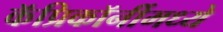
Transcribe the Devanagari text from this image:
कॅप्रिकॉर्नीमध्ये